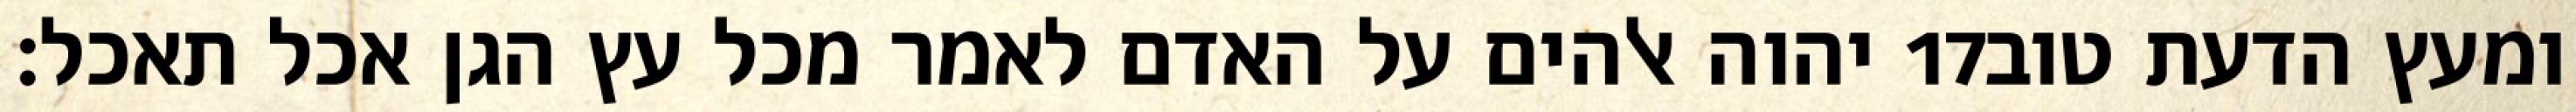
יהוה אלהים על האדם לאמר מכל עץ הגן אכל תאכל׃ ‎17‏ ומעץ הדעת טוב